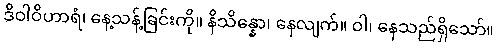
ဒိဝါဝိဟာရံ၊ နေ့သန့်ခြင်းကို။ နိသိန္နော၊ နေလျက်။ ဝါ၊ နေသည်ရှိသော်။